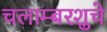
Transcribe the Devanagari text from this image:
चलाम्बरशुचे